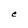
Character: e